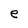
Character: e